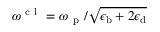
\omega ^ { \mathrm { ~ c ~ l ~ } } = \omega _ { \mathrm { ~ p ~ } } / \sqrt { \epsilon _ { \mathrm { b } } + 2 \epsilon _ { \mathrm { d } } }